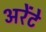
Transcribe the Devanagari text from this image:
अरेंटे